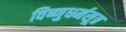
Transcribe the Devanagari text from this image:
विष्णुधर्मसूत्र